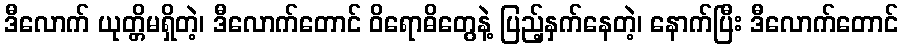
ဒီလောက် ယုတ္တိမရှိတဲ့၊ ဒီလောက်တောင် ဝိရောဓိတွေနဲ့ ပြည့်နှက်နေတဲ့၊ နောက်ပြီး ဒီလောက်တောင်